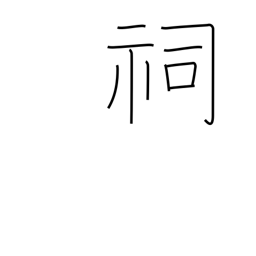
Meaning: small shrine